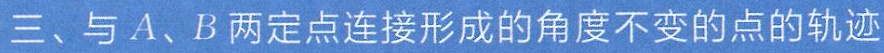
三、与\(A\)、\(B\)两定点连接形成的角度不变的点的轨迹